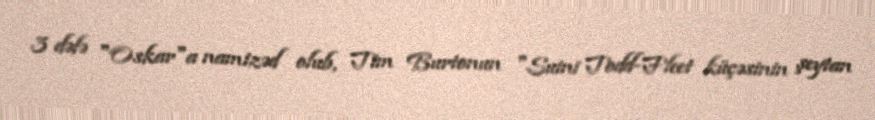
3 dəfə "Oskar"a namizəd olub, Tim Burtonun "Suini Todd-Fleet küçəsinin şeytan